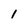
Character: 1